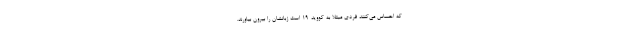
که احساس می‌کنند فردی مبتلا به کووید-۱۹ است زبانشان را بیرون بیاورند.